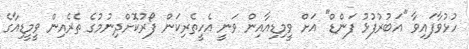
ހުޅުވާފައިވާ "އަބުރުފުޅު ފަންޑް" އަށް ވީމިޑިއާއިން ވަނީ އެހީތެރިކަން ފޯރުކޮށްދިނުމުގެ ތެރެއިން ވީމީޑިއާގެ